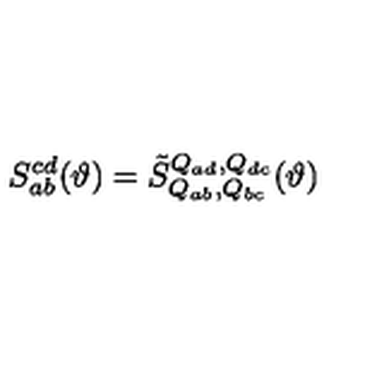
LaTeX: S _ { a b } ^ { c d } ( \vartheta ) = { \tilde { S } } _ { Q _ { a b } , Q _ { b c } } ^ { Q _ { a d } , Q _ { d c } } ( \vartheta )